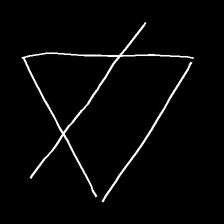
Glyph: empower